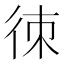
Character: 𢓣